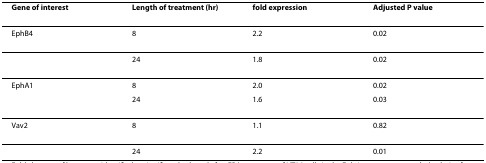
| Gene of interest | Length of treatment (hr) | fold expression | Adjusted P value |
 | --- | --- | --- | --- |
 | EphB4 | 8 | 2.2 | 0.02 |
 |  | 24 | 1.8 | 0.02 |
 | EphA1 | 8 | 2.0 | 0.02 |
 |  | 24 | 1.6 | 0.03 |
 | Vav2 | 8 | 1.1 | 0.82 |
 |  | 24 | 2.2 | 0.01 |